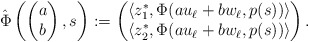
\begin{align*}\hat\Phi\left(\begin{pmatrix}a\\b\end{pmatrix},s\right) := \begin{pmatrix}\langle z_1^*, \Phi(a u_\ell + b w_\ell, p(s))\rangle\\\langle z_2^*, \Phi(a u_\ell + b w_\ell, p(s))\rangle\end{pmatrix}.\end{align*}